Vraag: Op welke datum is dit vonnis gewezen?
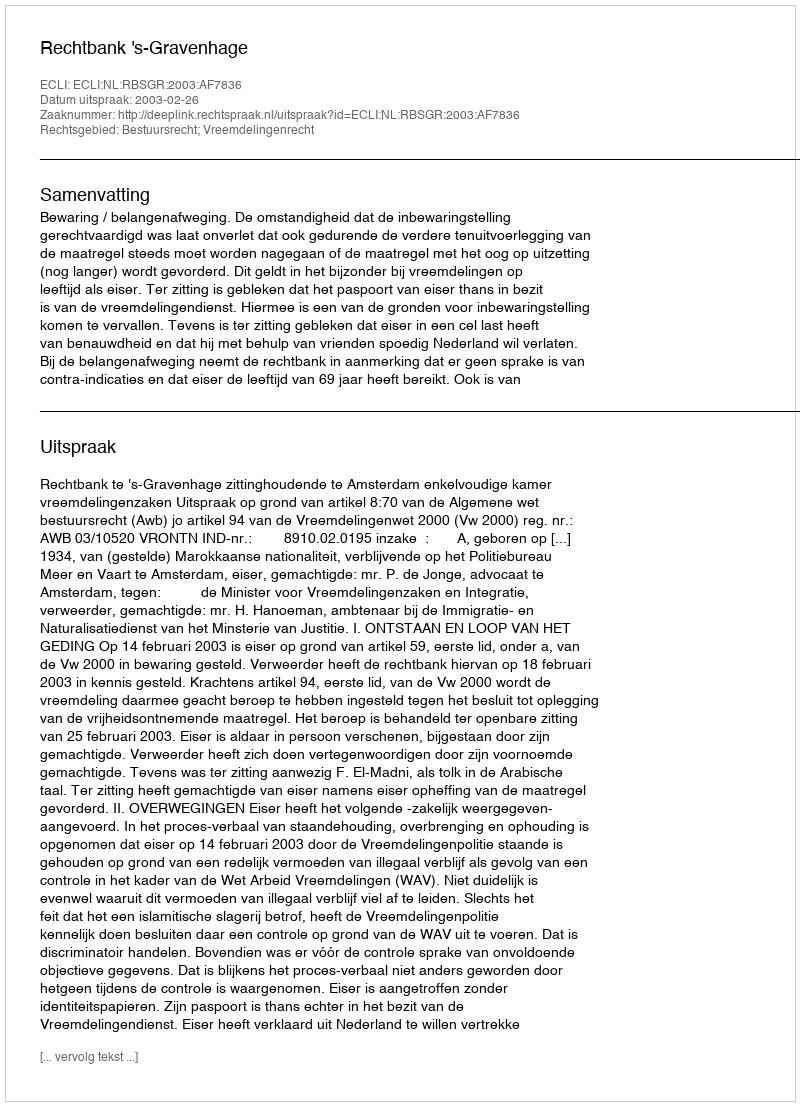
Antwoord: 2003-02-26